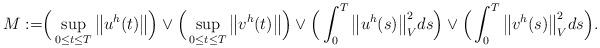
LaTeX: \begin{align*}M:=&\Big(\sup_{0\leq t\leq T}\big\|u^h(t)\big\|\Big)\vee \Big(\sup_{0\leq t\leq T}\big\|v^h(t)\big\| \Big)\vee \Big(\int_{0}^{T}\big\|u^h(s)\big\|_V^2ds \Big)\vee \Big(\int_{0}^{T}\big\|v^h(s)\big\|_V^2ds \Big).\end{align*}